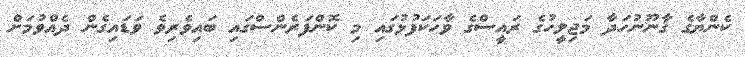
ކެންޔާގެ ޤާނޫނުހަދާ މަޖިލީހުގެ ރައީސްގެ ވާހަކަފުޅުގައި މި ކޮންފަރެންސްގައި ބައިވެރިވެ ވަޑައިގެން ދެއްވުމަށް